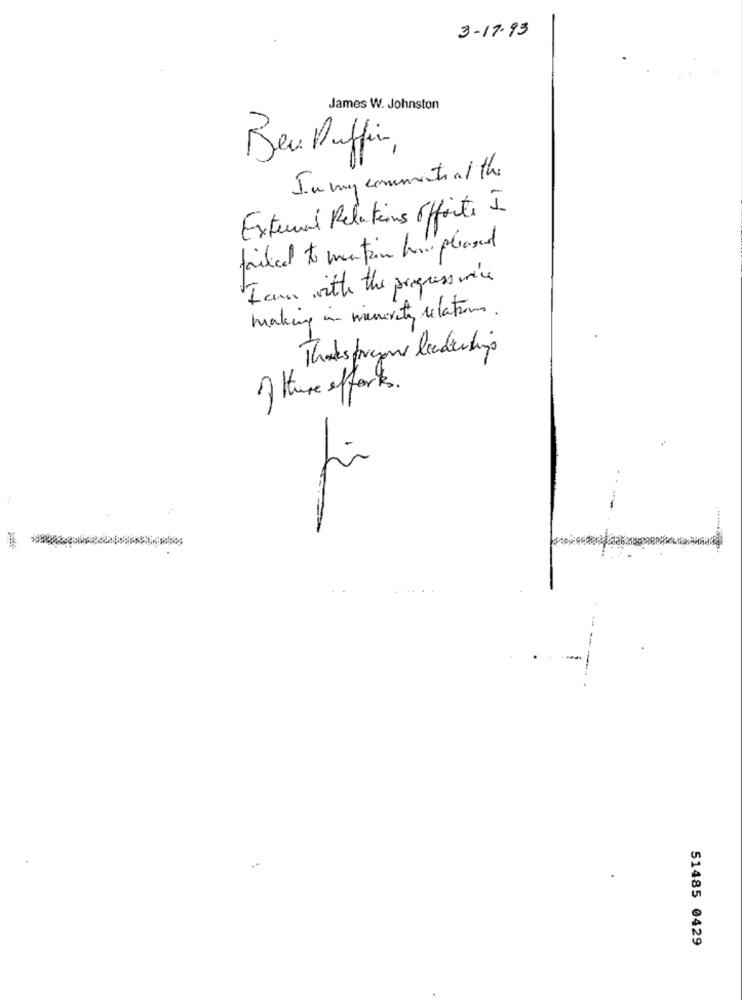
3-17-93
James W. Johnston
Ben Duffin,
In my commenti at the
External Relations Offorte I
failed to mention how pleased
Iam with the progress one's
making in minority relations.
Thanksforyour ladertig
of these efforts.
Li
-
51485 0429